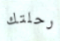
رحلتك